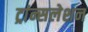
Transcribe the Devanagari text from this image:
ट्रांन्सलेशन